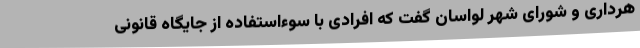
هرداری و شورای شهر لواسان گفت که افرادی با سوءاستفاده از جایگاه قانونی